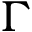
\Gamma